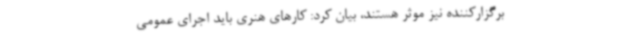
برگزارکننده نیز موثر هستند، بیان کرد: کارهای هنری باید اجرای عمومی